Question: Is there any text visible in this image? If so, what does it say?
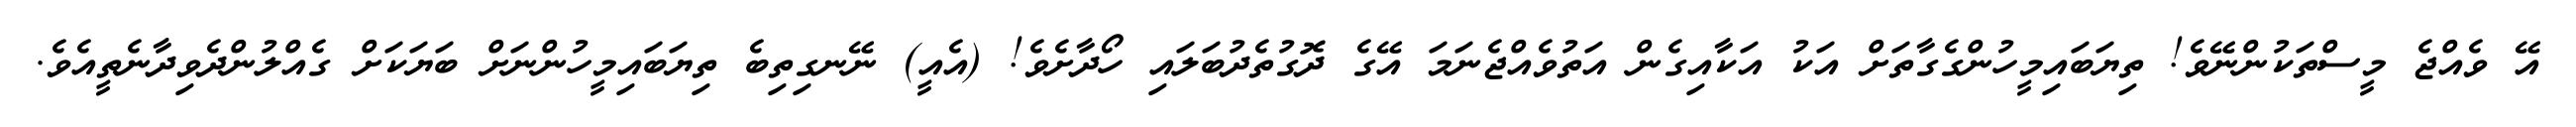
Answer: އޭ ވެއްޖެ މީސްތަކުންނޭވެ! ތިޔަބައިމީހުންގެގާތަށް އަކު އަކާއިގެން އަތުވެއްޖެނަމަ އޭގެ ދޮގުތެދުބަލައި ހޯދާށެވެ! (އެއީ) ނޭނގިތިބެ ތިޔަބައިމީހުންނަށް ބަޔަކަށް ގެއްލުންދެވިދާނެތީއެވެ.